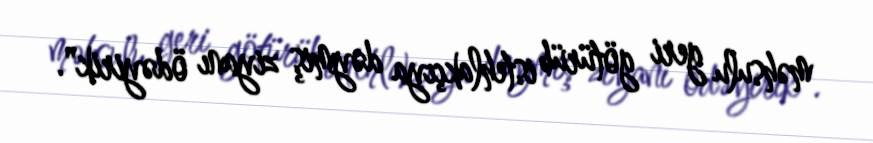
məhsulu geri götürüb istehlakçıya dəymiş ziyanı ödəyirik".